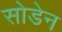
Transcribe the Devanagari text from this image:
सोडेन